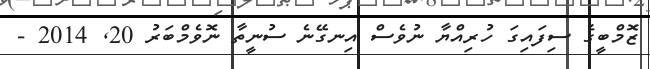
ޒޮމްބީގެ ސިފައިގަ ހުރިއްޔާ ނުވެސް އިނގޭނެ ސުނީތާ ނޮވެމްބަރު 20